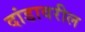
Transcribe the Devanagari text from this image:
दांडावरील